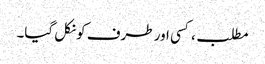
مطلب، کسی اور طرف کو نکل گیا۔